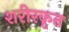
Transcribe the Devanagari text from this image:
शरीरकृत